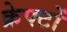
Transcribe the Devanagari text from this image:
क्रेफ्टों